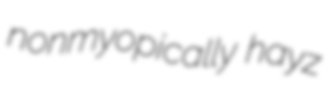
nonmyopically hayz